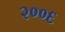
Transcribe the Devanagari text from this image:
२००६